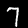
Label: 7